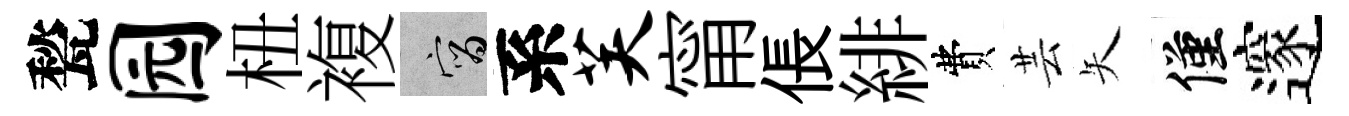
甃园杻複宵系芙甯倀緋費芸矢僅邃